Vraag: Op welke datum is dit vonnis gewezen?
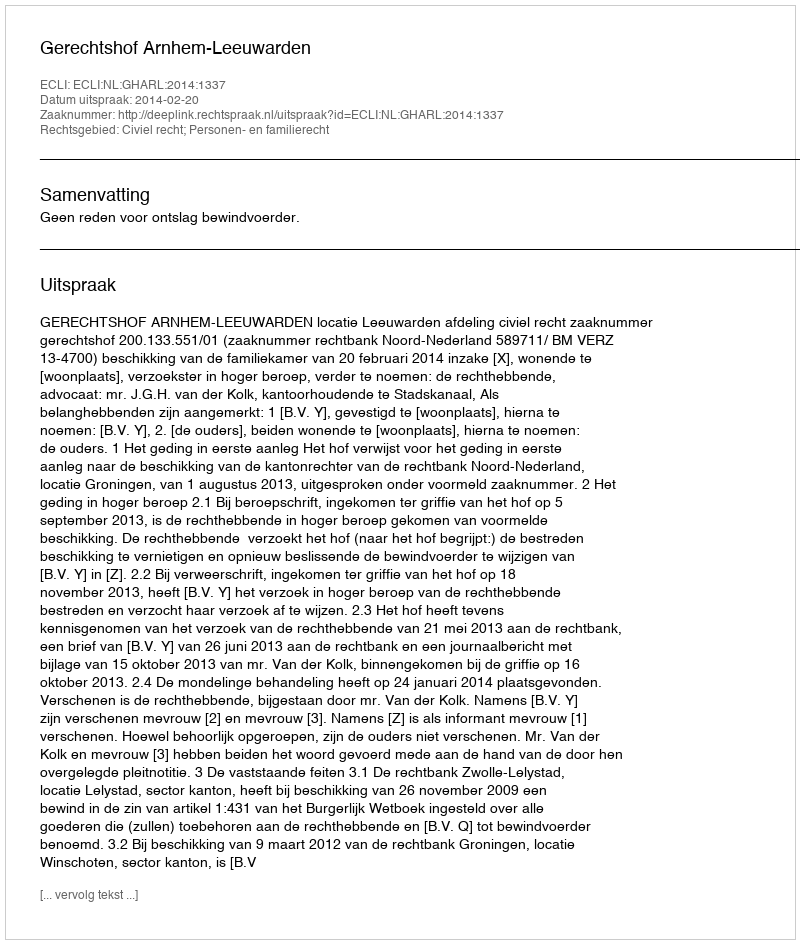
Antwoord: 2014-02-20